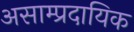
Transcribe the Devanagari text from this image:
असाम्प्रदायिक